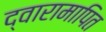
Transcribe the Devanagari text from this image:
द्वारामापित